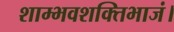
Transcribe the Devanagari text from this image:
शाम्भवशक्तिभाजं।